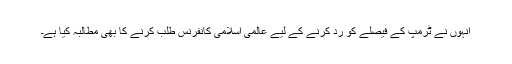
انہوں نے ٹرمپ کے فیصلے کو رد کرنے کے لیے عالمی اسلامی کانفرنس طلب کرنے کا بھی مطالبہ کیا ہے۔